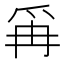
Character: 爯